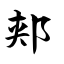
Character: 郏